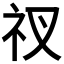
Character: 𥘓